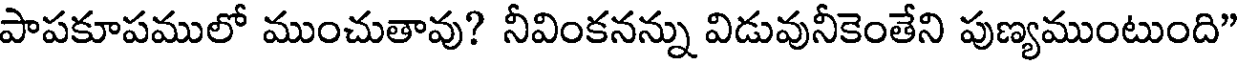
పాపకూపములో ముంచుతావు? నీవింకనన్ను విడువునీకెంతేని పుణ్యముంటుంది"